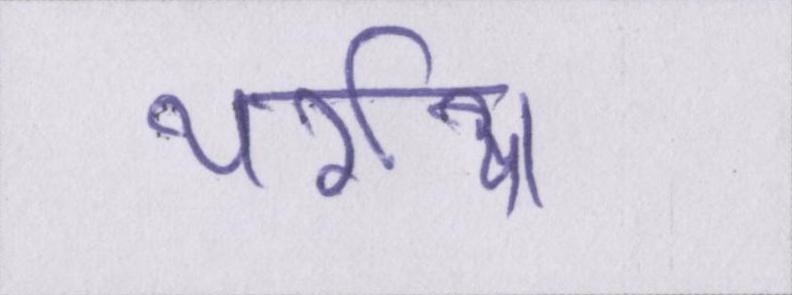
थर्राया।